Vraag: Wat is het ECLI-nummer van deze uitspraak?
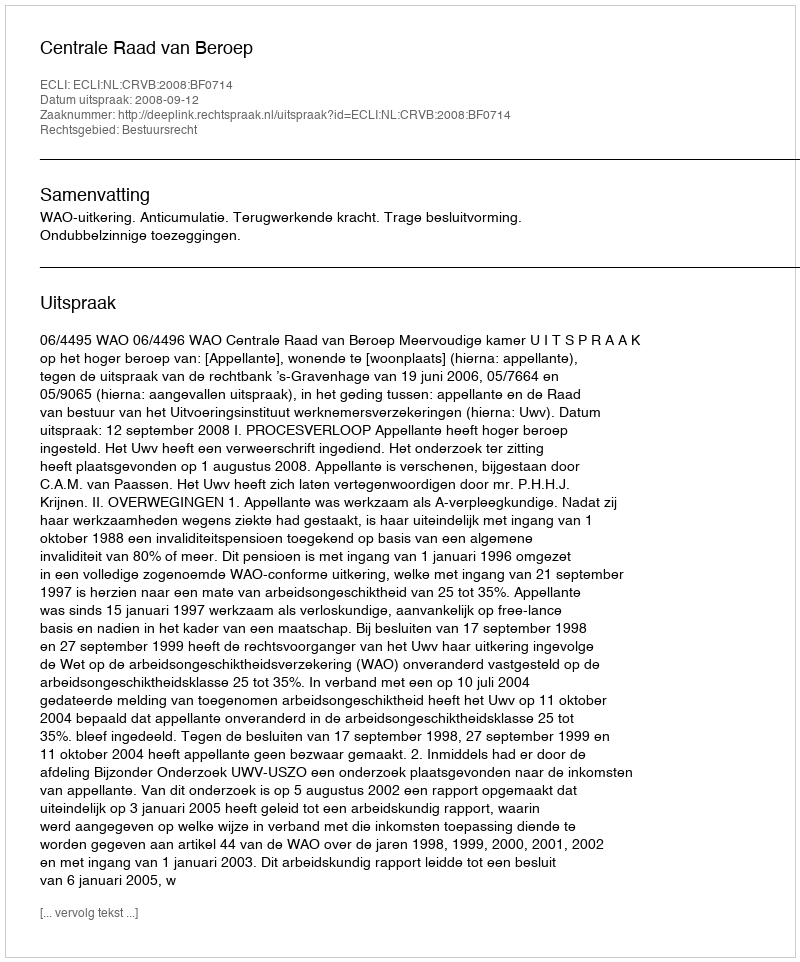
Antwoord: ECLI:NL:CRVB:2008:BF0714